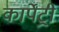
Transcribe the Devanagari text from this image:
कार्पेंट्री